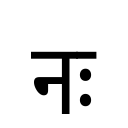
OCR:
नः